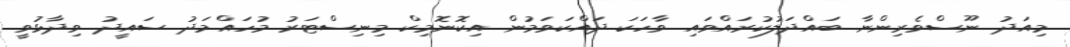
މިއަދު ނޫސްވެރިންނާ ބައްދަލުކުރައްވައި ވާހަކަ ދައްކަވަމުން އިކޮނޮމިކް މިނިސްޓަރު މުހައްމަދު ސައީދު ވިދާޅުވީ